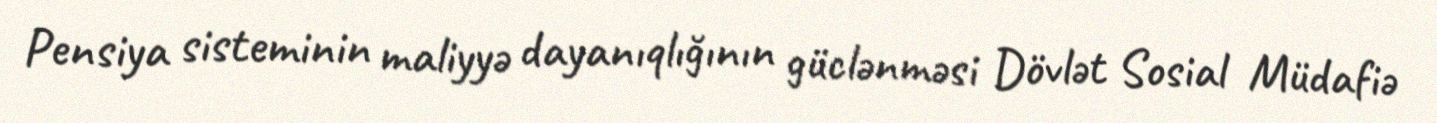
Pensiya sisteminin maliyyə dayanıqlığının güclənməsi Dövlət Sosial Müdafiə